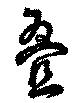
叠